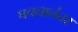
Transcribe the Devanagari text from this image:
पचनानंतर